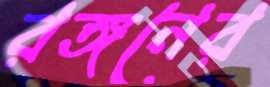
রঙ্গনের